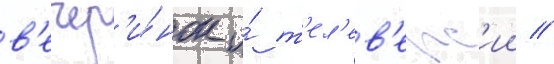
в'ечер'и́нок и́ т'ел'ев'ерс'ии //